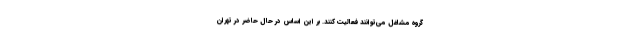
گروه مشاغل می‌توانند فعالیت کنند. بر این اساس در حال حاضر در تهران